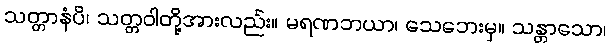
သတ္တာနံပိ၊ သတ္တဝါတို့အားလည်း။ မရဏဘယာ၊ သေဘေးမှ။ သန္တာသော၊